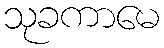
သုခကာမေ